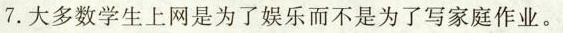
7.大多数学生上网是为了娱乐而不是为了写家庭作业..